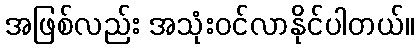
အဖြစ်လည်း အသုံးဝင်လာနိုင်ပါတယ်။